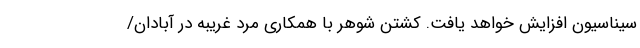
سیناسیون افزایش خواهد یافت. کشتن شوهر با همکاری مرد غریبه در آبادان/